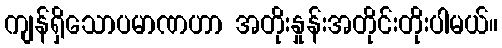
ကျန်ရှိသောပမာဏဟာ အတိုးနှုန်းအတိုင်းတိုးပါမယ်။